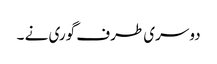
دوسری طرف گوری نے ۔